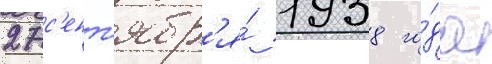
27 с'ент'ябр'я́ 1938 го́да